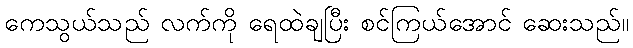
ကေသွယ်သည် လက်ကို ရေထဲချပြီး စင်ကြယ်အောင် ဆေးသည်။